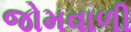
જોમવાળી